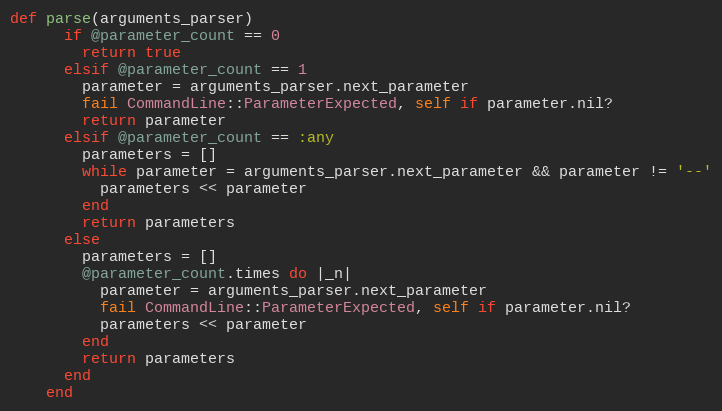
Language: Ruby
def parse(arguments_parser)
      if @parameter_count == 0
        return true
      elsif @parameter_count == 1
        parameter = arguments_parser.next_parameter
        fail CommandLine::ParameterExpected, self if parameter.nil?
        return parameter
      elsif @parameter_count == :any
        parameters = []
        while parameter = arguments_parser.next_parameter && parameter != '--'
          parameters << parameter
        end
        return parameters
      else
        parameters = []
        @parameter_count.times do |_n|
          parameter = arguments_parser.next_parameter
          fail CommandLine::ParameterExpected, self if parameter.nil?
          parameters << parameter
        end
        return parameters
      end
    end